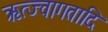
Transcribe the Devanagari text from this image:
ऋत्ज्वागतादि